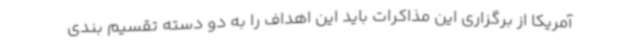
آمریکا از برگزاری این مذاکرات باید این اهداف را به دو دسته تقسیم بندی